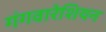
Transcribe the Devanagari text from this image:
गंगवारेशियन